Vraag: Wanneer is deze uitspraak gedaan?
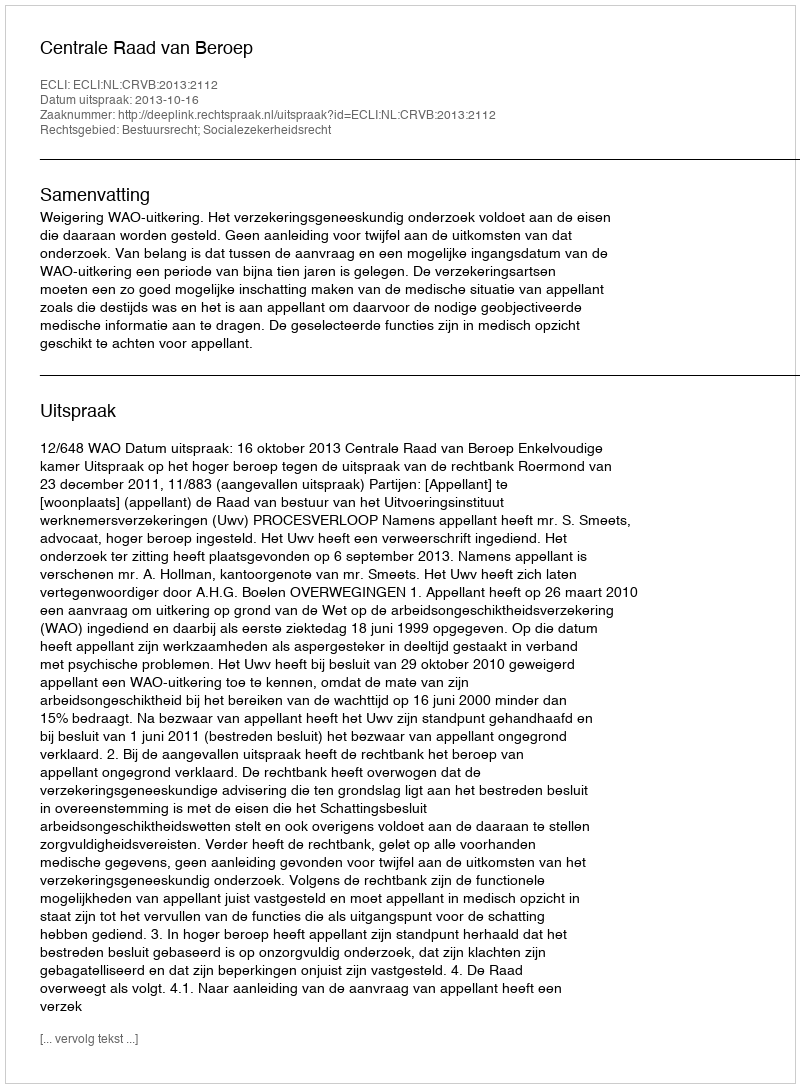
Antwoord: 2013-10-16